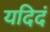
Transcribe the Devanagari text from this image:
यदिदं